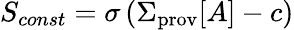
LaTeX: S_{const}=\sigma\left(\Sigma_{\mathrm{prov}}[A]-c\right)